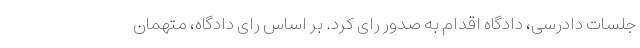
جلسات دادرسی، دادگاه اقدام به صدور رای کرد. بر اساس رای دادگاه، متهمان